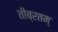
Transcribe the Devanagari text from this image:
तीब्रतम्